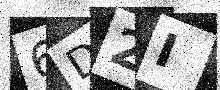
Text: 6D2I